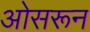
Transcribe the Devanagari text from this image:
ओसरून